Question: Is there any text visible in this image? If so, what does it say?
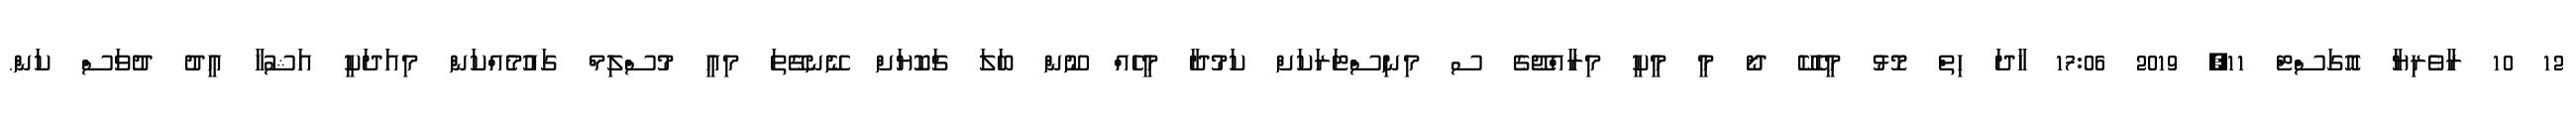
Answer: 12 10 ރާވެރިޔާ އޮގަސްޓް 11, 2019 17:06 ހާދަ ހިތް މޮޅު މީހެކޭ ދޯ މީ މީކީ މިރާއްޖޭގެ ސ މިނިސްޓަރަކަށް ކަމުދާ މީހެއް ނޫން ބަލަ ޗަކޮޔަށް ނޭނގޭތަ މިއީ މުސްލިމް ގައުމެއްކަން މިއަދަކީ އަޝުހާ އީދު ދުވަސް ކަން.